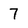
Character: 7